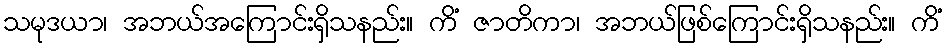
သမုဒယာ၊ အဘယ်အကြောင်းရှိသနည်း။ ကိံ ဇာတိကာ၊ အဘယ်ဖြစ်ကြောင်းရှိသနည်း။ ကိံ